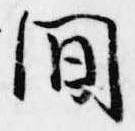
間